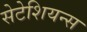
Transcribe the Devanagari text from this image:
सेटेशियन्स